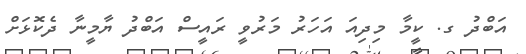
އަބްދު ގ. ކީމާ މިދިއަ އަހަރު މަރުވީ ރައީސް އަބްދު ޔާމީނާ ދެކޮޅަށް